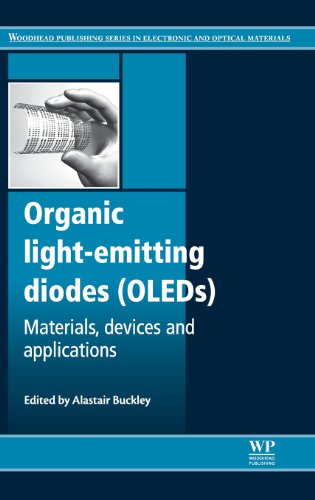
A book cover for Organic Light-Emitting Diodes (OLEDs): Materials, Devices and Applications (Woodhead Publishing Series in Electronic and Optical Materials); Science & Math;